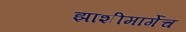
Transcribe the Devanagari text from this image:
झाशीमार्गेच